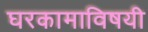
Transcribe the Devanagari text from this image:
घरकामाविषयी